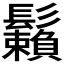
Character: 𩯽